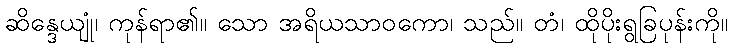
ဆိန္ဒေယျုံ၊ ကုန်ရာ၏။ သော အရိယသာဝကော၊ သည်။ တံ၊ ထိုပိုးရွခြပုန်းကို။